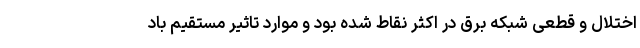
اختلال و قطعی شبکه برق در اکثر نقاط شده بود و موارد تاثیر مستقیم باد